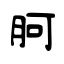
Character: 胢